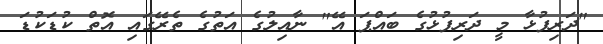
"ދަރިފުޅާ މީ ދަރިފުޅުގެ ބައްޕަ އޭ" ނާއިލުގެ އަތުގެ ތެރޭގައި އޮތް ކުޑަކުޑަ